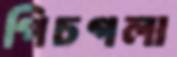
পিচগলা